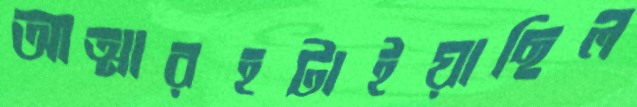
আত্মারহটাইয়াছিল